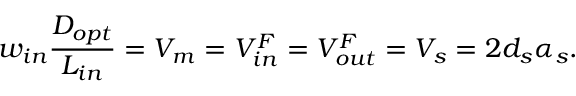
w _ { i n } \frac { D _ { o p t } } { L _ { i n } } = V _ { m } = V _ { i n } ^ { F } = V _ { o u t } ^ { F } = V _ { s } = 2 d _ { s } \alpha _ { s } .